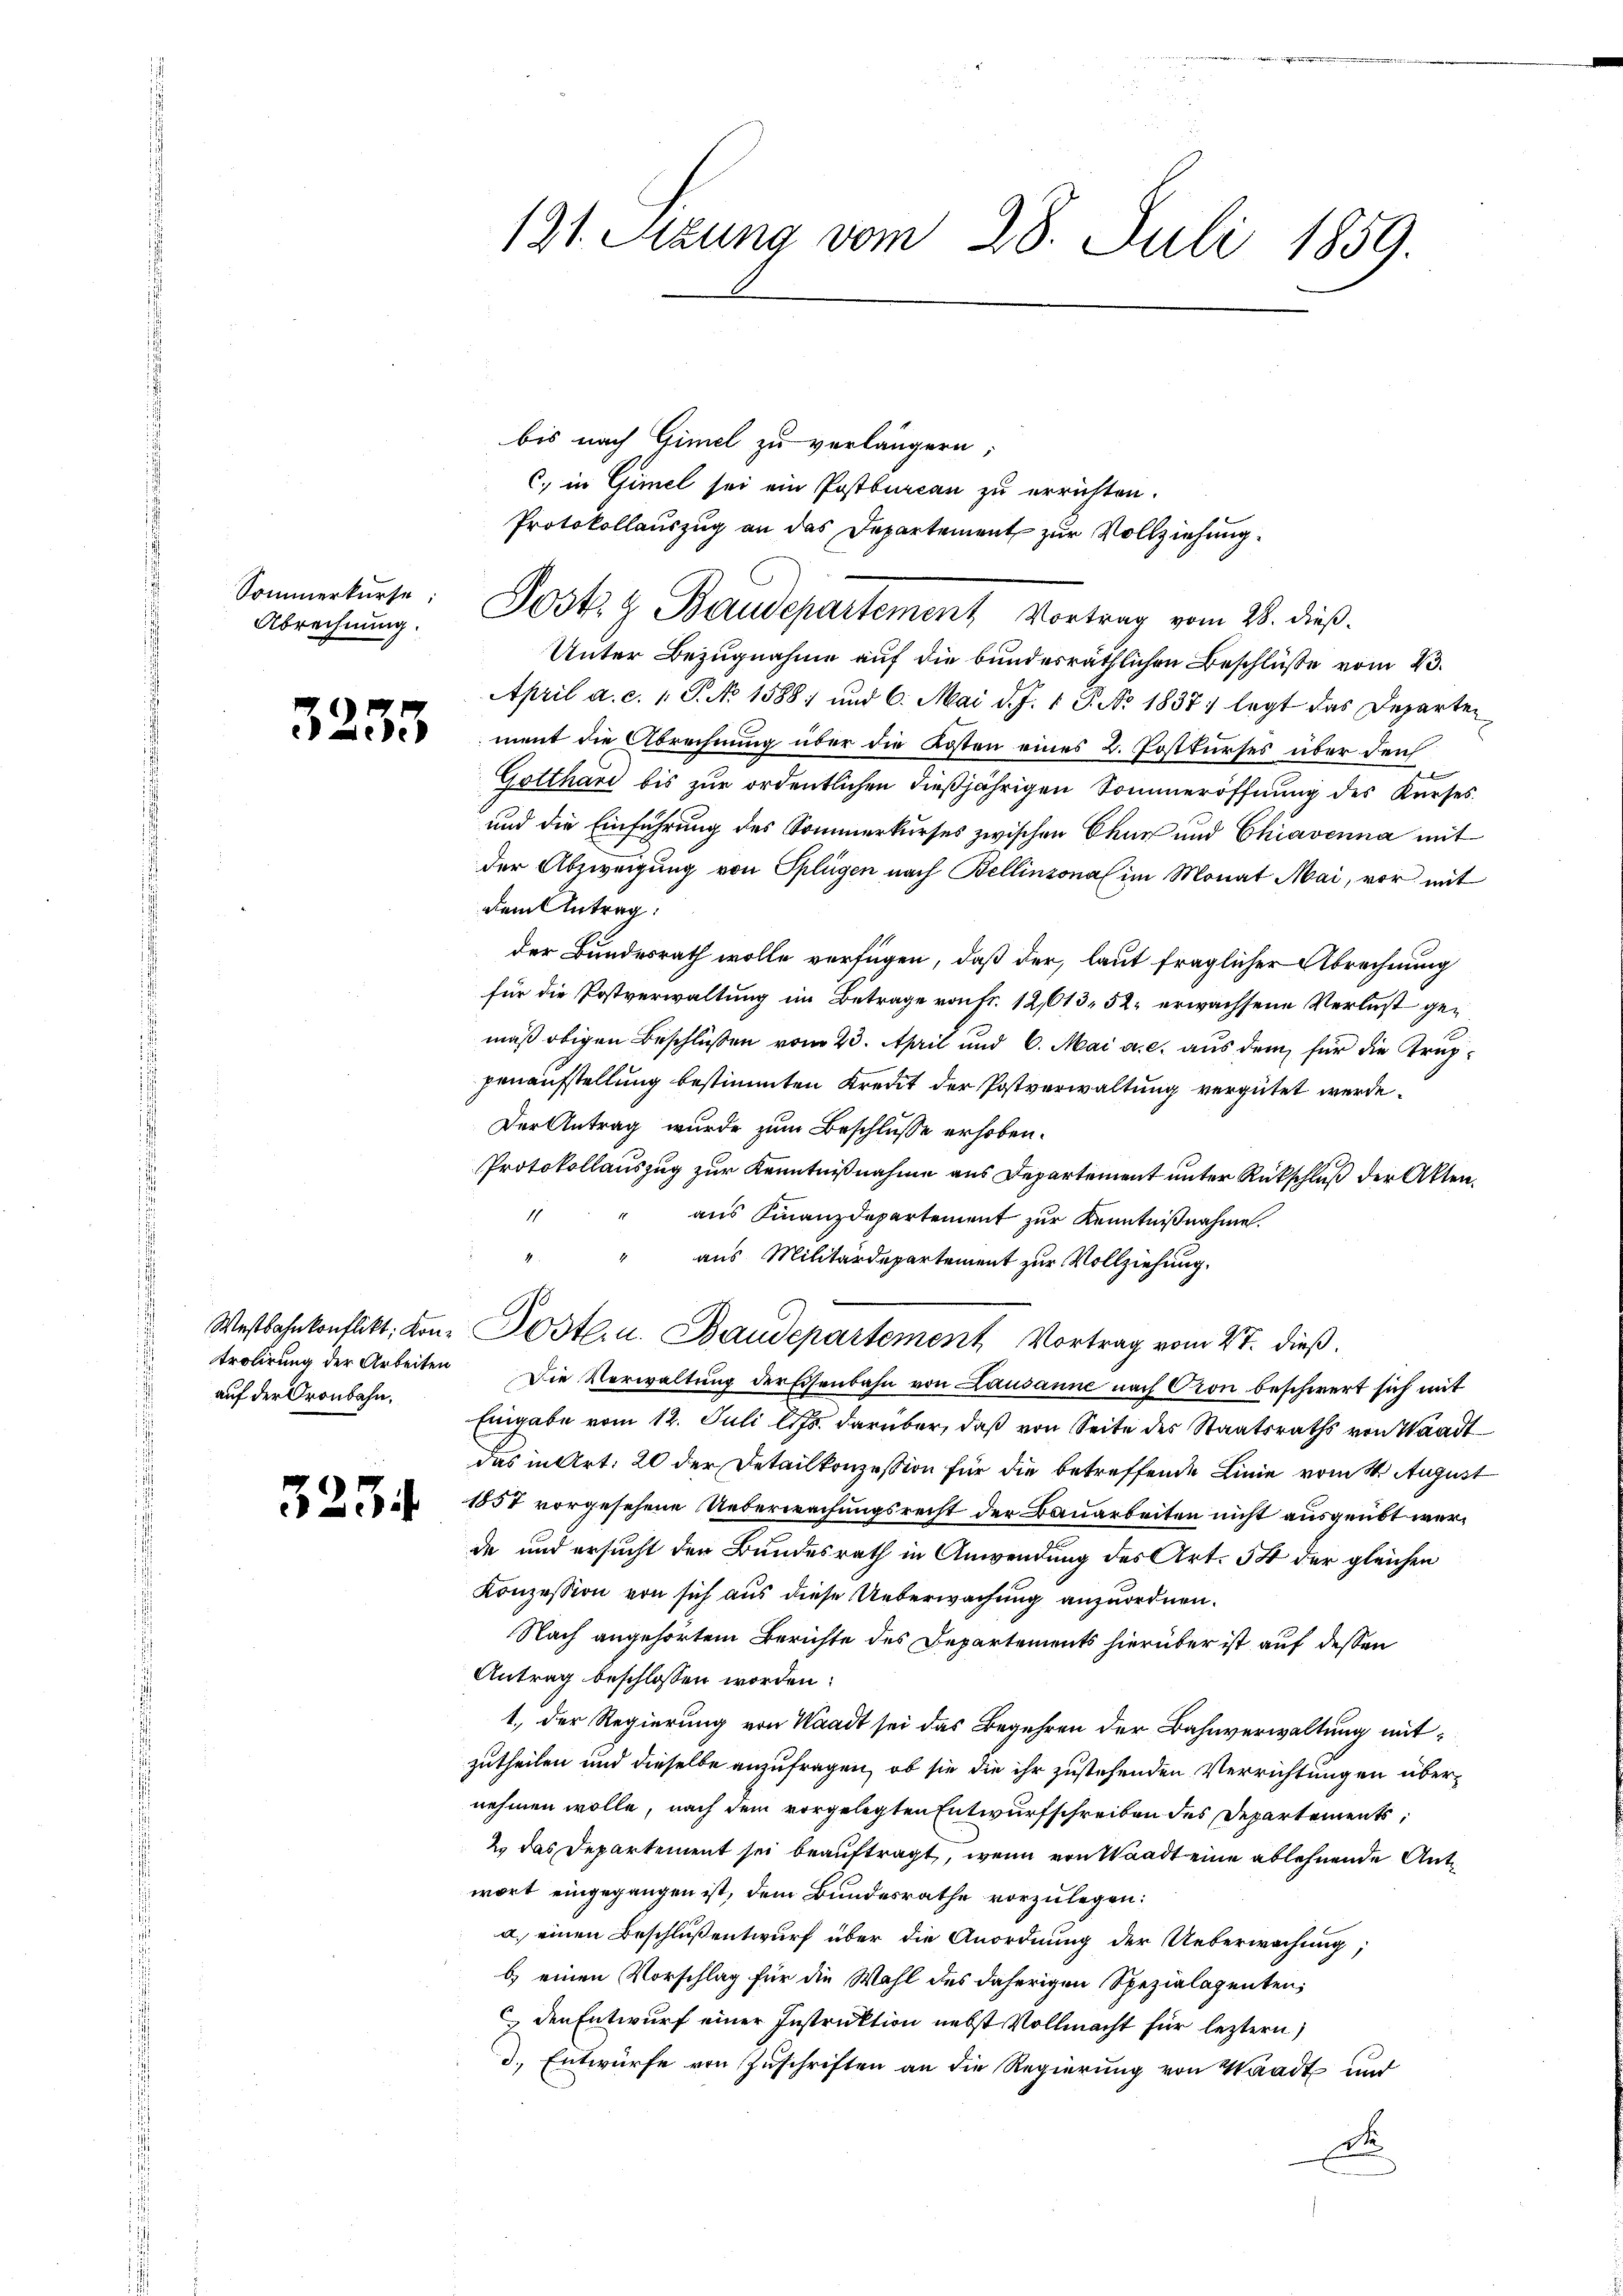
Sommerkurse
Abrechnung.

3233

trolirung der Arbeiten
auf der Gronbahn.

3234

121. Sitzung vom 28. Juli 1859.

bis nach Gimel zu verlängern;
c. in Gimel sei ein Postbureau zu errichten.
Protokollauszug an das Departement zur Vollziehung
Unter Bezugnahme auf die bundesräthlichen Beschlüsse vom 23.
April a. c. 1 P. No 1588 und 6. Mai d. J. 1 P. No. 1837 legt das Departen
ment die Abrechnung über die Kosten eines L. Postkurses über den
Gotthard bis zur ordentlichen dießjährigen Sommeröffnung des Kurses
und die Einführung des Sommerkurses zwischen Chur und Chiavenna mit
der Abzweigung von Splügen nach Bellinzona im Monat Mai, vor mit
dem Antrag:
der Bundesrath wolle verfügen, daß der, laut fraglicher Abrechnung
für die Postverwaltung im Betrage von Fr. 12,613, 52 erwachsene Verlust gemäß obigen Beschlüßen vom 23. April und 6. Mai a. c. aus dem für die Truppenaufstellung bestimmten Kredit der Postverwaltung vergütet werde.
Der Antrag wurde zum Beschlusse erhoben.
Protokollauszug zur Kenntnißnahme aus Departement unter Rückschluß der Akten.
11
aus Finanzdepartement zur Kenntnißnahme.
" aus Militärdepartement zur Vollziehung.
10
Westbahnkonflikt, von Posten. Baudepartement Vortrag vom 4t. dieß
Die Verwaltung der Eisenbahn von Lausanne nach Cron beschwert sich mit
Eingabe vom 12. Juli l. Js. darüber, daß von Seite des Staatsraths von Waadt
das in Art. 20 der Detailkonzession für die betreffende Linie vom 4. August
1857 vorgesehene Ueberwachungsrecht der Bauarbeiten nicht ausgeübt werde und ersucht den Bundesrath in Anwendung des Art. 54 der gleichen
Konzession von sich aus diese Ueberwachung anzuordnen.
Nach angehörtem Berichte des Departements hierüber ist auf dessen
Antrag beschlossen worden:
1., der Regierung von Waadt sei das Begehren der Bahnverwaltung mitzutheilen und dieselbe anzufragen, ob sie die ihr zustehenden Verrichtungen übernehmen wolle, nach dem vorgelegten Entwurfschreiben des Departements
2. das Departement sei beauftragt, wenn von Waadt eine ablehnende Antwort eingegangen ist, dem Bundesrathe vorzulegen:
a. einen Beschluß entwurf über die Anordnung der Ueberwachung,
b) einen Vorschlag für die Wahl des daherigen Spezialagenten,
 den Entwurf einer Instruktion nebst Vollmacht für leztern)
d. Entwürfe von Zuschriften an die Regierung von Waadt und
d

Post. & Baudepartement Vortrag vom 28. dieß.